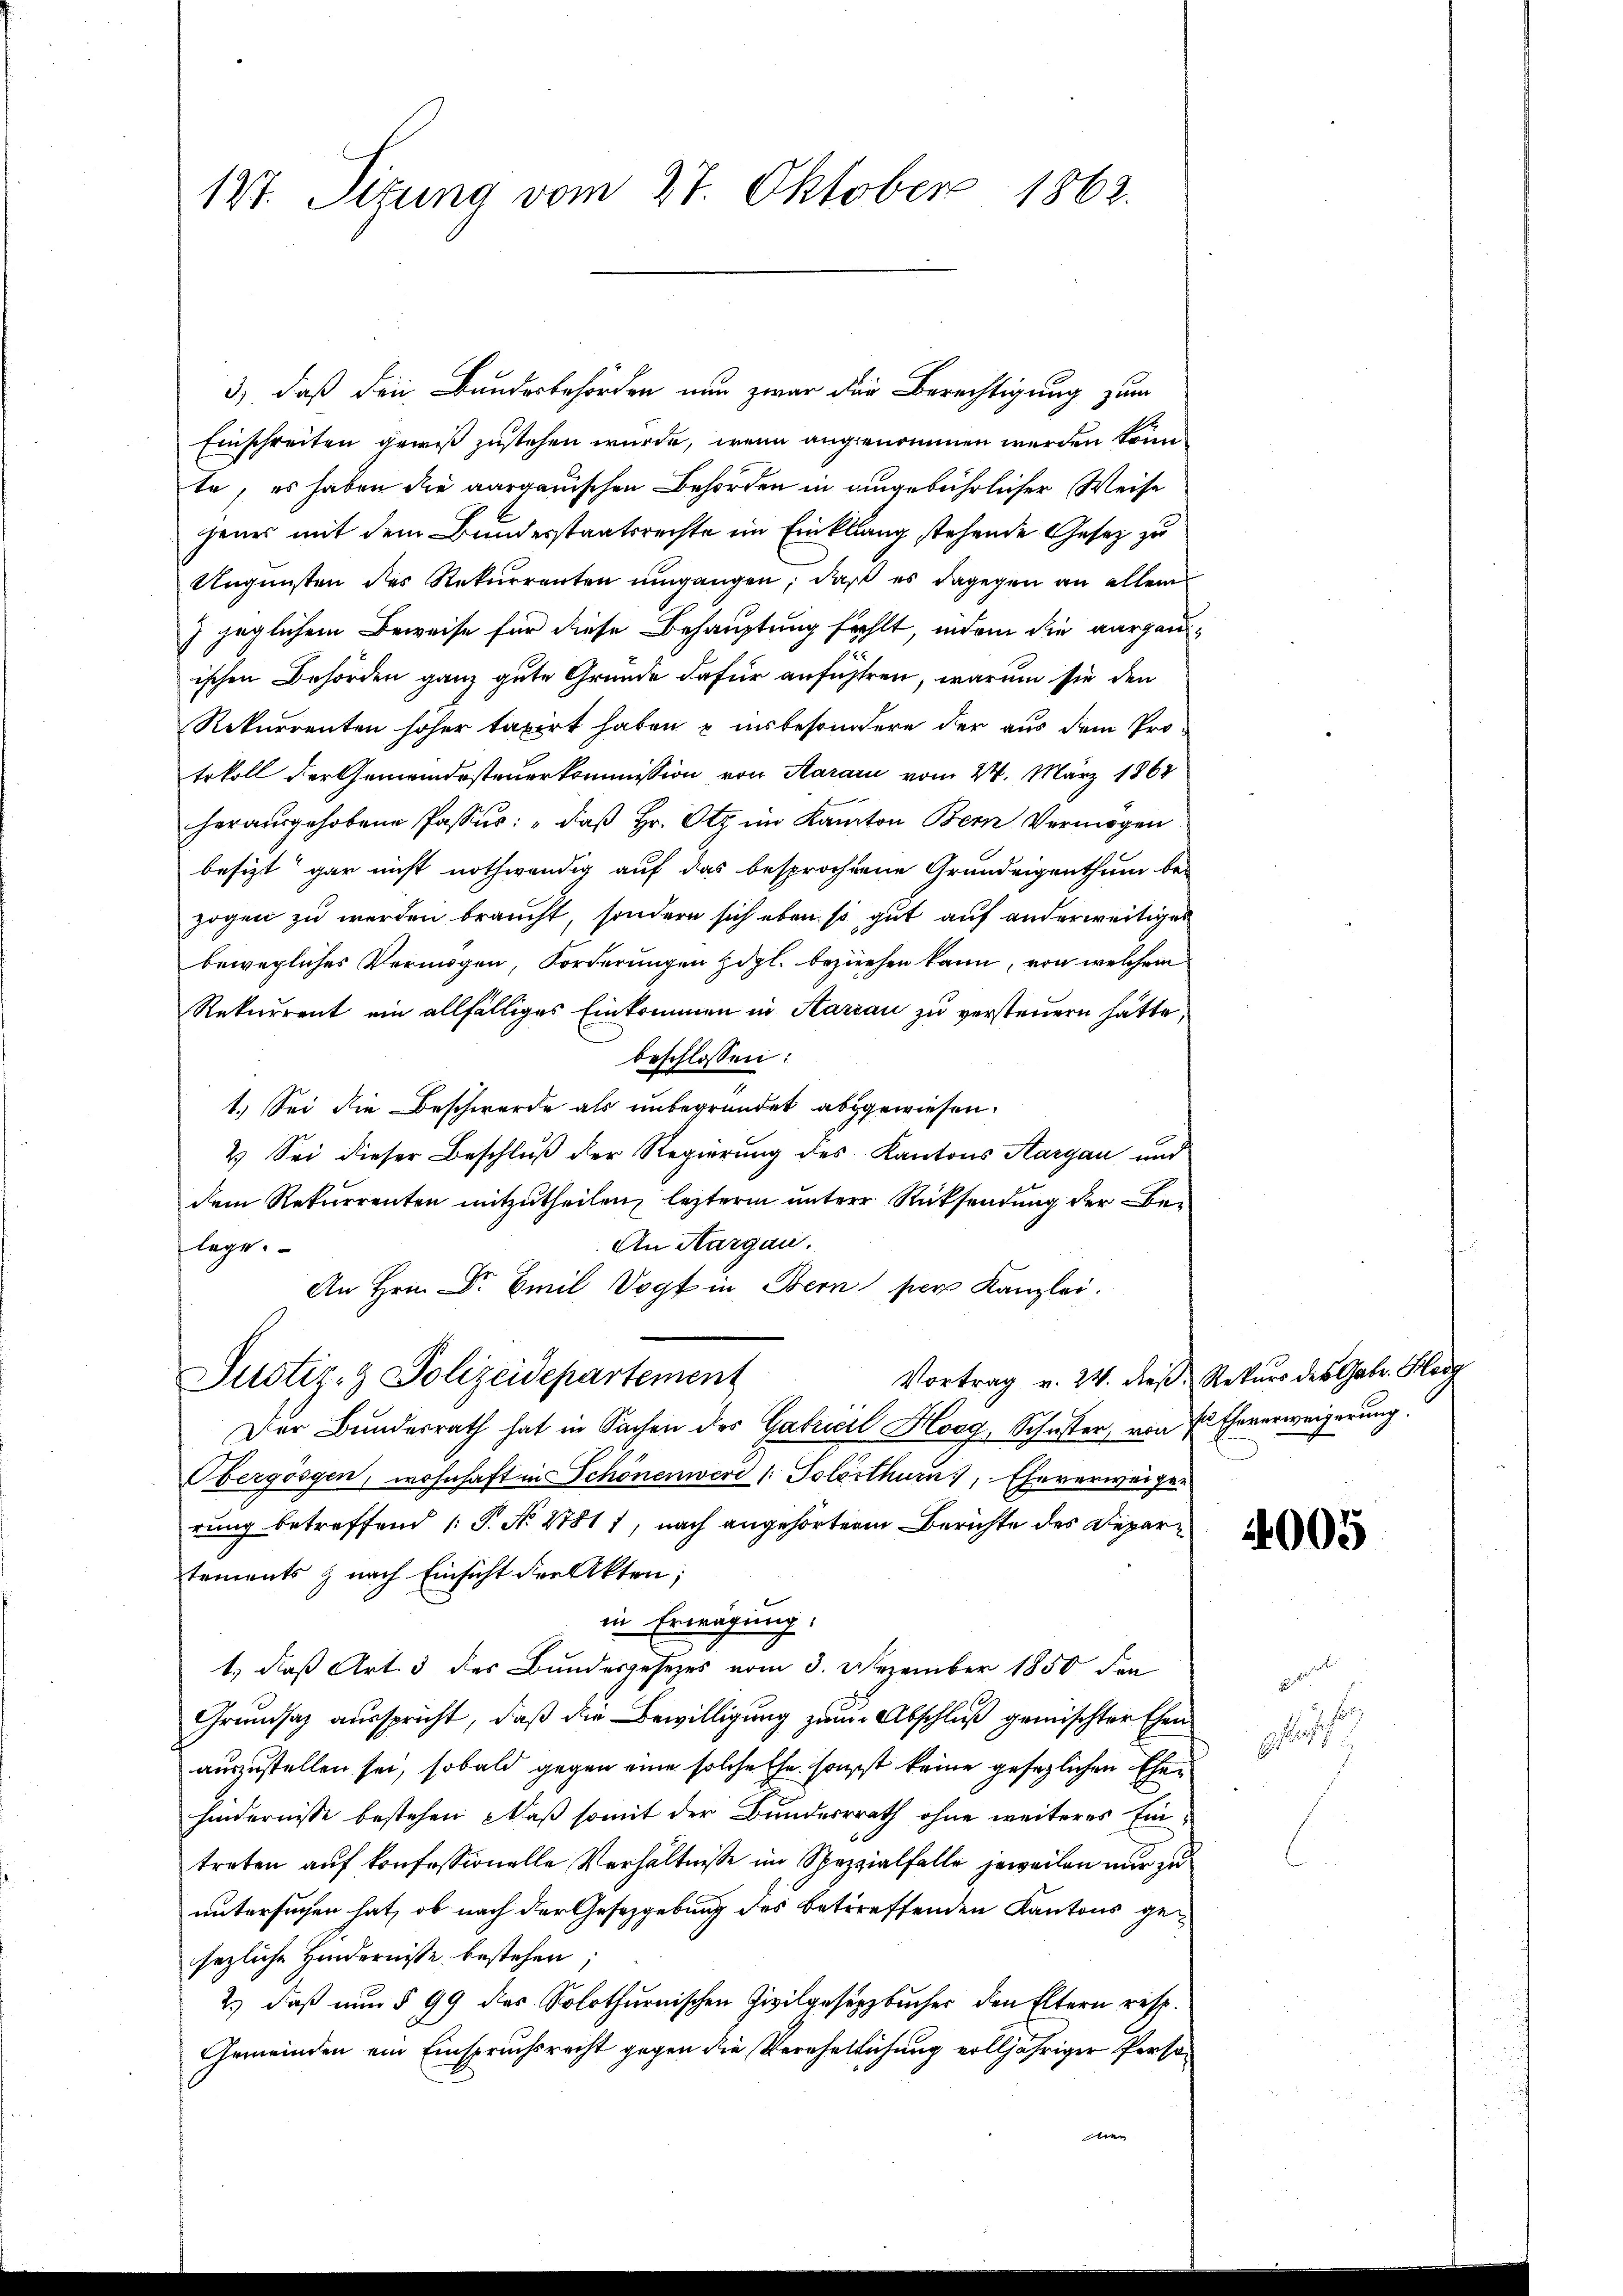
127. Sitzung vom 27. Oktober 1862.

3) daß den Bundesbehörden nun zwar der Berechtigung zum
Einschreiten gewiß zustehen wurde, wenn angenommen werden könn
te, es haben die aargauischen Behörden in eingebührlicher Weise
jenes mit dem Bundesstaatsrechte im Einklang stehende Gesez zu
Ungunsten des Rekurrenten umgangen, daß es dagegen an allem
 jeglichem Beweise für diese Behauptung fehlt, indem die aargauischen Behörden ganz gute Gründe dafür anführen, warum sie den
Rekurrenten höher taxirt haben u insbesondere der aus dem Pro¬
Erkoll der Gemeindesteuerkommission von Karari vom 24. März 1868
herausgehobene Passus: „daß Hr. Otz im Kanton Bern Vermögen
besizt gar nicht nothwendig auf das besprochene Grundeigenthum be-
zogen zu werden braucht, sondern sich eben so gut auf anderweitiges
bewegliches Vermögen, Forderungen Zdpl. beziehen kann, von welchem
Rekurrent ein allfälliges Einkommen in Aargau zu versteuern hätte,
beschlossen:
1.) Sei die Beschwerde als unbegründet abgewiesen.
2. Sei dieser Beschluß der Regierung des Kantons Aargau und
dem Rekurrenten mitzutheilen, letzterm unterer Rücksendung der Be¬
An Aargau.
lege.
An Hrn. Dr Emil Vogt in Bern per Kanzlei.
Vortrag v. 24. dieß Rekurs des Gebr. Klei
Justiz- & Polizeidepartement
Der Bundesrath hat in Sachen des Gabricit Horg, Schuster, von 7 Eheverweigerung.
Obergösgen, wohnhaft in Schönenwerd / Solothurn, Eheverweigen
rung betreffend (T. No 27811, nach angehörter Berichte des Departements & nach Einsicht der Akten;
in Erwägung,
1., daß Art. 3 des Bundesgesezes vom 3. Dezember 1850 den
Grundsaz ausspricht, daß die Bewilligung zum Abschluß gemischter Ehen
auszustellen sei, sobald gegen eine solche Ehe sonst keine gesezlichen Ehehindernisse bestehen, daß somit der Bunderrrath ohne weiteres Eintreten auf konfessionelle Verhältnisse im Spezialfalle jeweilen nur zu
untersuchen hat, ob nach der Gesetzgebung des betreffenden Kantons gesezliche Hindernisse bestehen
2.) daß nun § 99 des Solothurnischen Zivilgesetzbucher den Eltern resp.
Gemeinden ein Einspruchsrecht gegen die Verehellichung volljähriger Persoe

4005

H
gliche
5